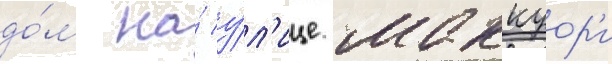
до́м на́ у́л'ице маккуор'и